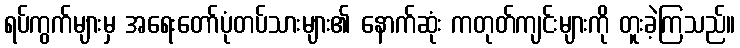
ရပ်ကွက်များမှ အရေးတော်ပုံတပ်သားများ၏ နောက်ဆုံး ကတုတ်ကျင်းများကို တူးခဲ့ကြသည်။